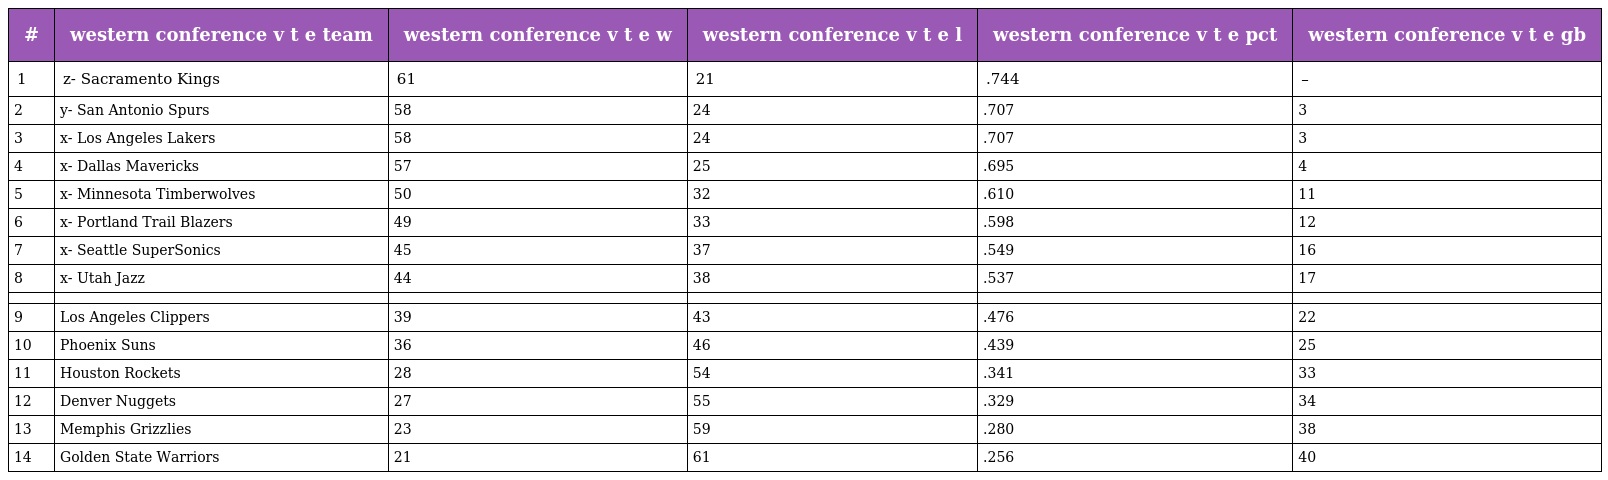
| # | western conference v t e team | western conference v t e w | western conference v t e l | western conference v t e pct | western conference v t e gb |
 | --- | --- | --- | --- | --- | --- |
 | 1 | z- Sacramento Kings | 61 | 21 | .744 | – |
 | 2 | y- San Antonio Spurs | 58 | 24 | .707 | 3 |
 | 3 | x- Los Angeles Lakers | 58 | 24 | .707 | 3 |
 | 4 | x- Dallas Mavericks | 57 | 25 | .695 | 4 |
 | 5 | x- Minnesota Timberwolves | 50 | 32 | .610 | 11 |
 | 6 | x- Portland Trail Blazers | 49 | 33 | .598 | 12 |
 | 7 | x- Seattle SuperSonics | 45 | 37 | .549 | 16 |
 | 8 | x- Utah Jazz | 44 | 38 | .537 | 17 |
 |  |  |  |  |  |  |
 | 9 | Los Angeles Clippers | 39 | 43 | .476 | 22 |
 | 10 | Phoenix Suns | 36 | 46 | .439 | 25 |
 | 11 | Houston Rockets | 28 | 54 | .341 | 33 |
 | 12 | Denver Nuggets | 27 | 55 | .329 | 34 |
 | 13 | Memphis Grizzlies | 23 | 59 | .280 | 38 |
 | 14 | Golden State Warriors | 21 | 61 | .256 | 40 |